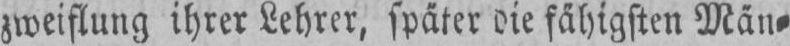
zweiflung ihrer Lehrer, später die fähigsten Män⸗